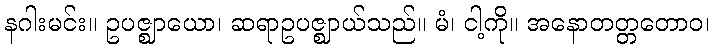
နဂါးမင်း။ ဥပဇ္ဈာယော၊ ဆရာဥပဇ္ဈာယ်သည်။ မံ၊ ငါ့ကို။ အနောတတ္တတောဝ၊